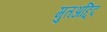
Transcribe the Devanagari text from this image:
मुतअद्दिद